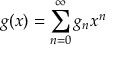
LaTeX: g ( x ) = \sum _ { n = 0 } ^ { \infty } g _ { n } x ^ { n }